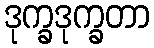
ဒုက္ခဒုက္ခတာ